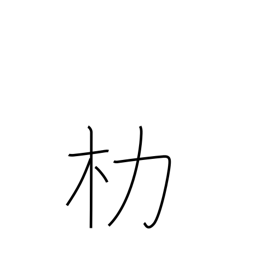
Meaning: carrying pole